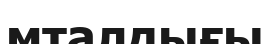
мталдығы